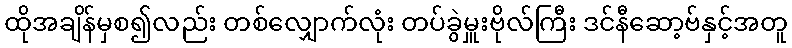
ထိုအချိန်မှစ၍လည်း တစ်လျှောက်လုံး တပ်ခွဲမှူးဗိုလ်ကြီး ဒင်နီဆော့ဗ်နှင့်အတူ